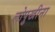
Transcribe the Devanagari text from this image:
लोपुखीना